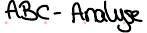
ABC - Analyse